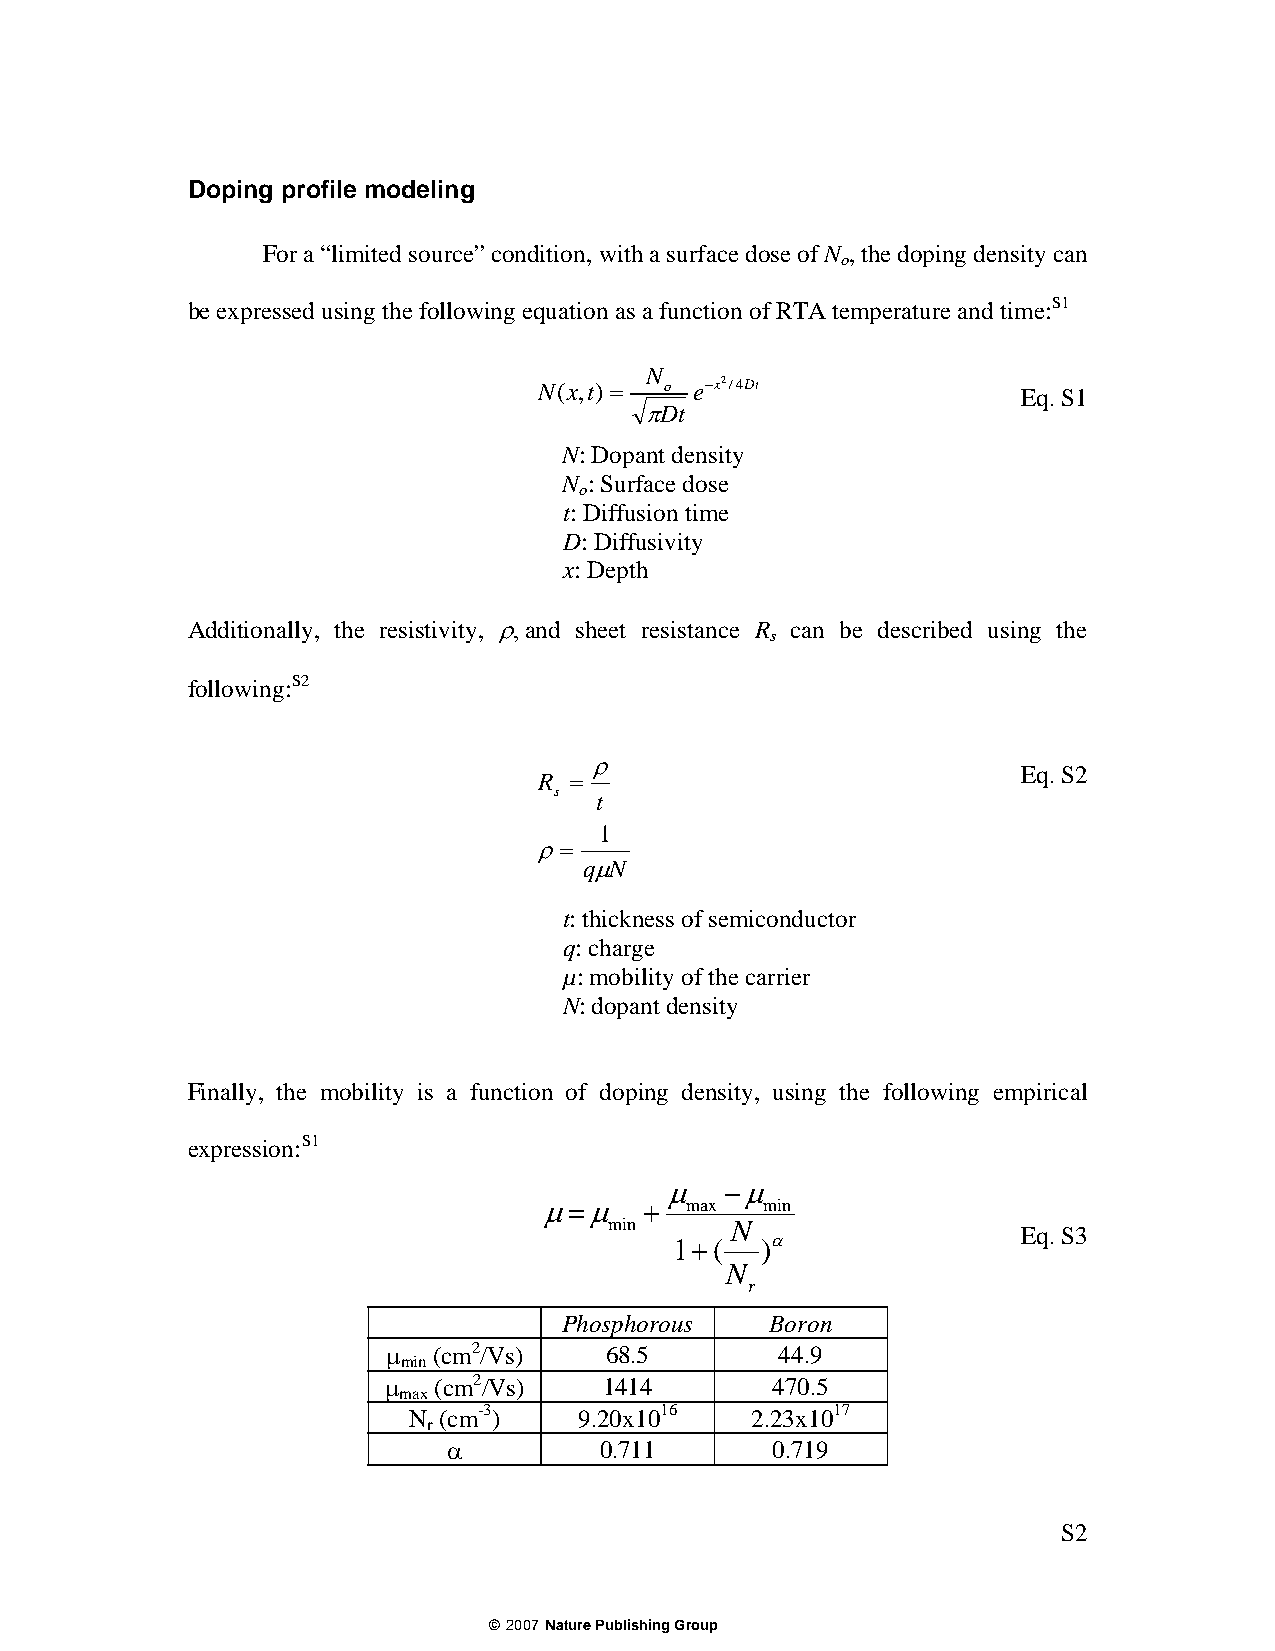
Doping profile modeling
 For a “limited source” condition, with a surface dose of N , the doping density can
 o
 be expressed using the following equation as a function of RTA temperature and time:S1
 N
 N(x,t)= o e−x2/4Dt              Eq. S1
 πDt
 N: Dopant density
 N : Surface dose
 o
 t: Diffusion time
 D: Diffusivity
 x: Depth
 Additionally, the resistivity, ρ, and sheet resistance R can be described using the
 s
 following:S2
 ρ
 Eq. S2
 R =
 s t
 1
 ρ=
 qμN
 t: thickness of semiconductor
 q: charge
 µ: mobility of the carrier
 N: dopant density
 Finally, the mobility is a function of doping density, using the following empirical
 expression:S1
 μ   −μ
 μ=μ    + max  min
 min     N
 Eq. S3
 1+(  )α
 N
 r
 Phosphorous   Boron
 μ  (cm2/Vs)   68.5        44.9
 min
 μ   (cm2/Vs)   1414       470.5
 max
 N (cm-3)   9.20x1016   2.23x1017
 r
 α         0.711      0.719
 S2
 ©2007 Nature Publishing Group